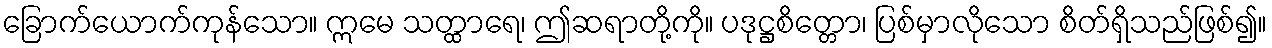
ခြောက်ယောက်ကုန်သော။ ဣမေ သတ္ထာရေ၊ ဤဆရာတို့ကို။ ပဒုဋ္ဌစိတ္တော၊ ပြစ်မှာလိုသော စိတ်ရှိသည်ဖြစ်၍။